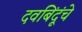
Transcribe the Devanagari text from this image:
दवबिंदूंचे